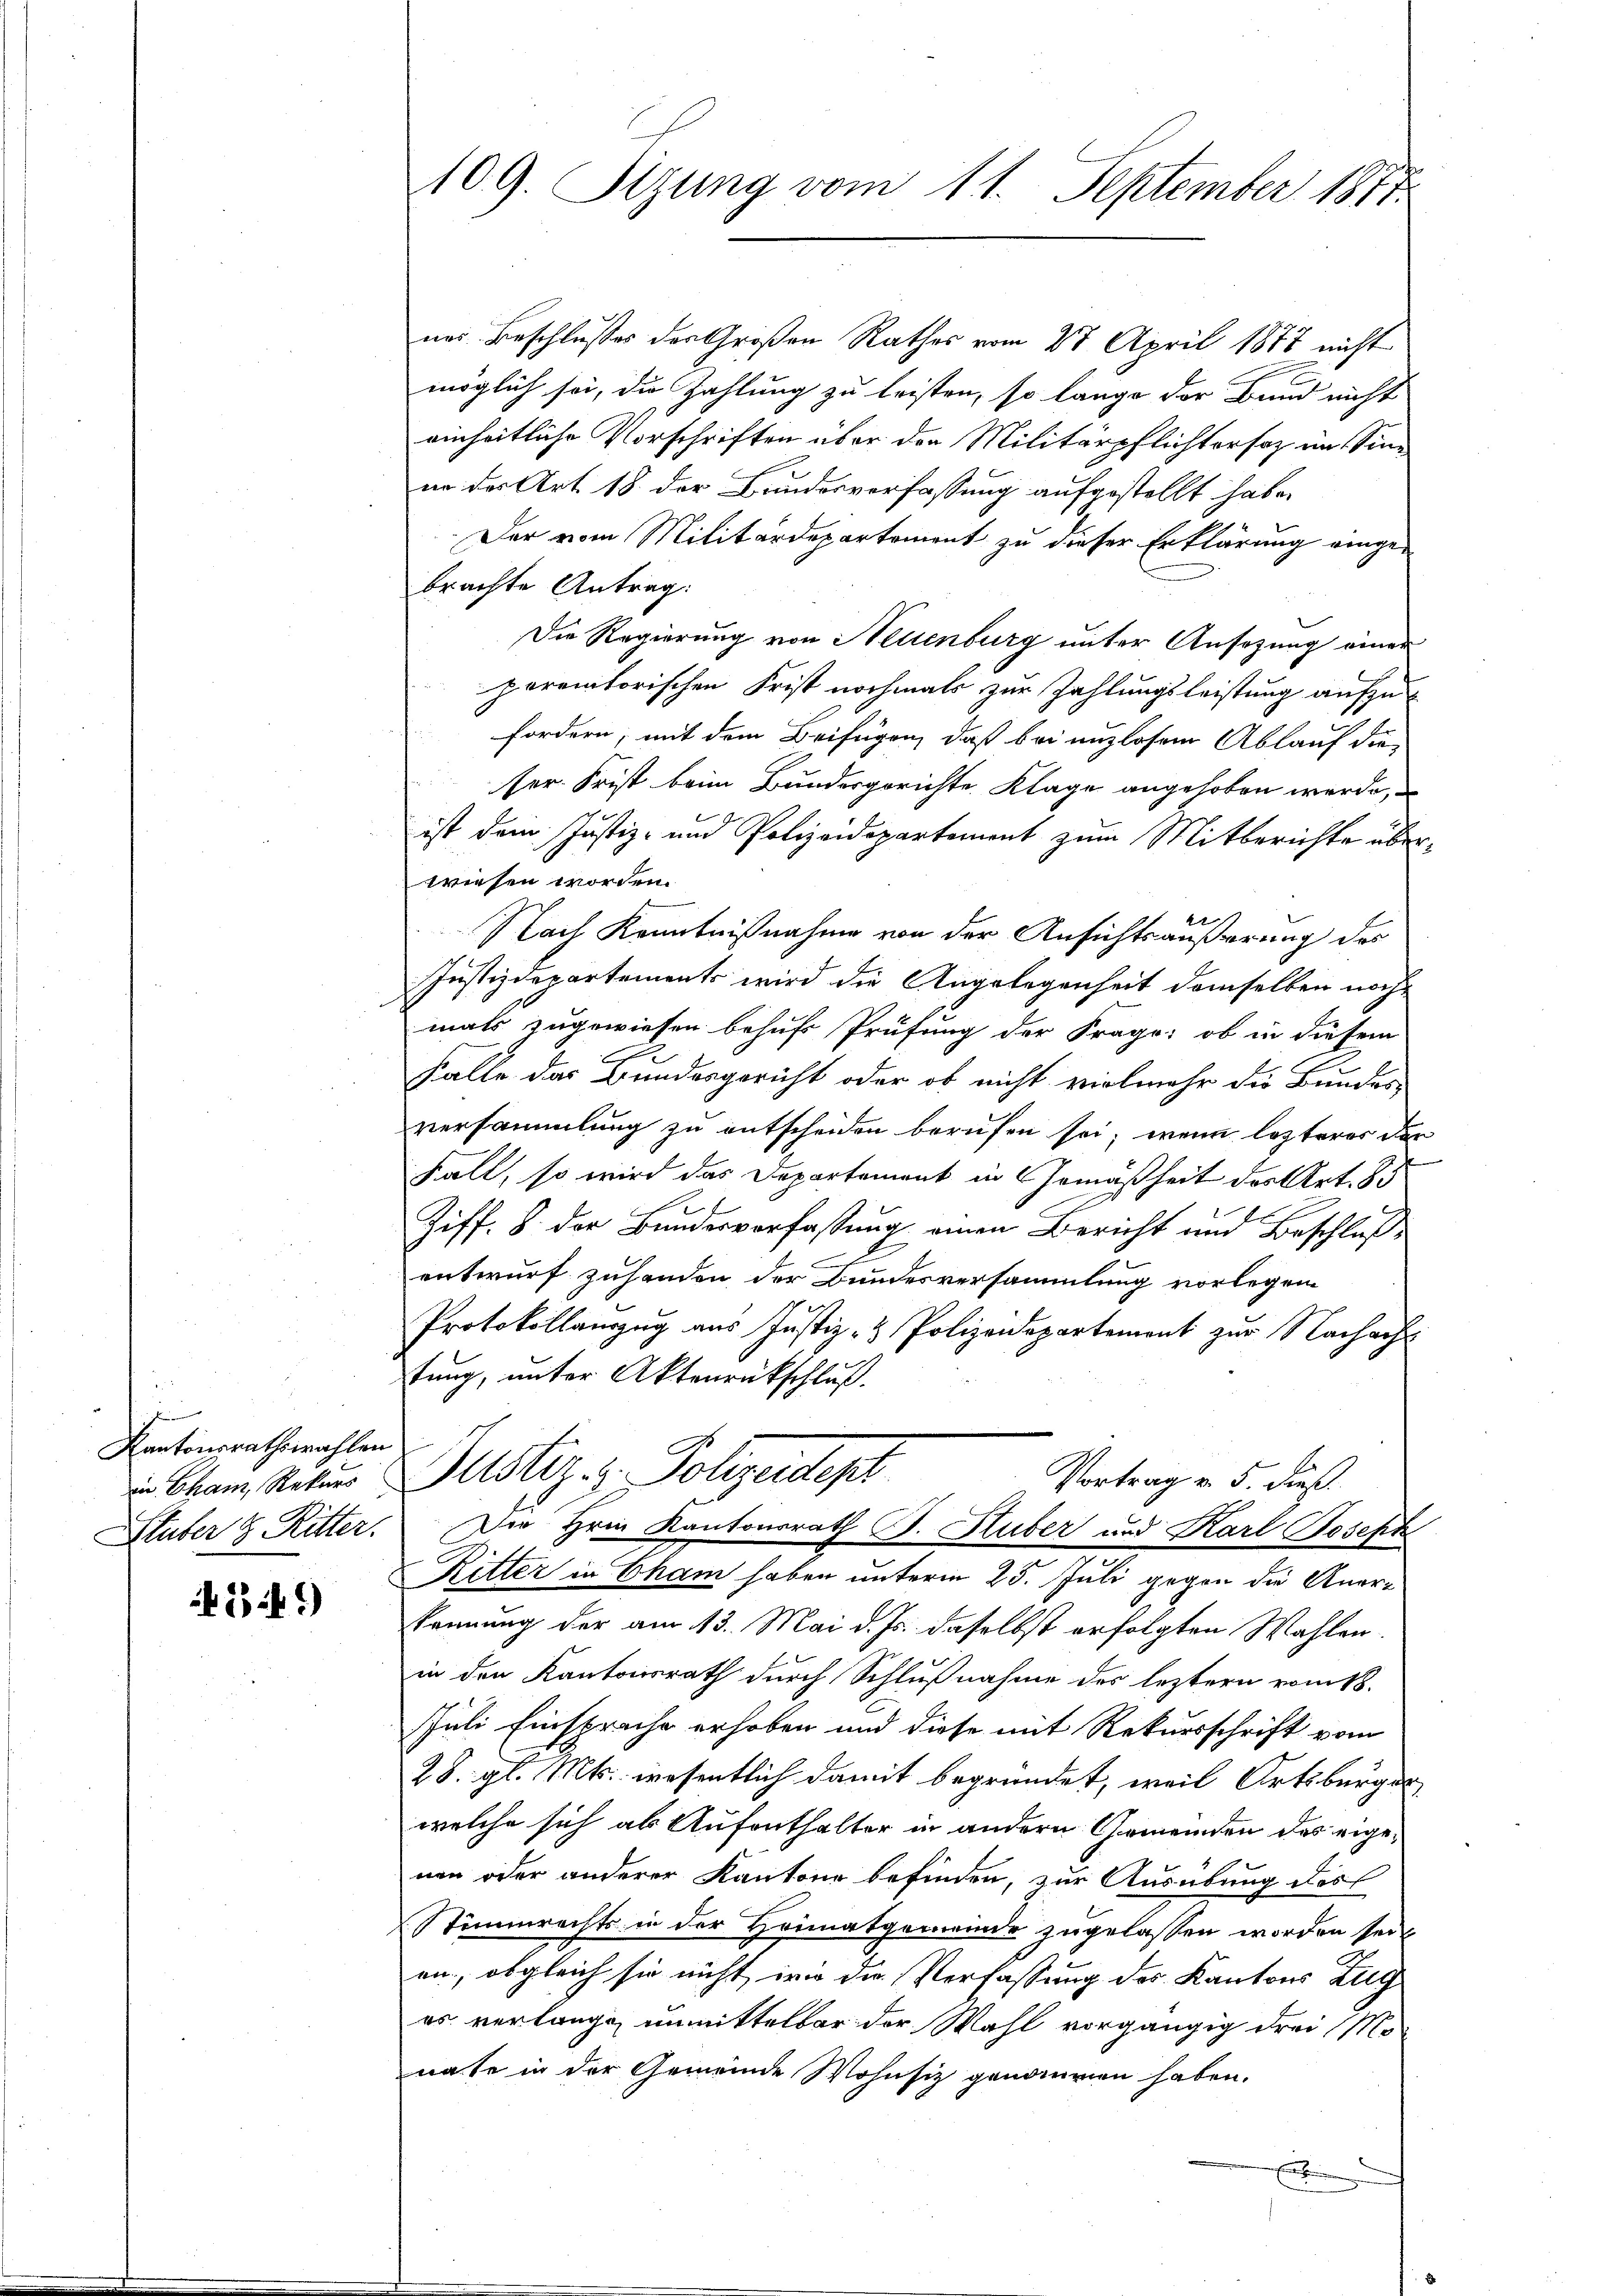
Kantonsrathswahlen

if*)

nes Beschlusses der Großen Rathes vom 27 April 1877 nicht
möglich sei, die Zahlung zu leisten, so lange der Bund nicht
einheitliche Vorschriften über der Militärpflichtersaz im Sinn
in der Art. 18 der Bundesverfassung aufgestellt habe.
Der vom Militärdepartement zu dieser Erklärung eingebrachte Antrag:
Die Regierung von Neuenburg unter Ansezung einer
porectorischen Frist nochmals zur Zahlungsleistung aufzu
1
fordern, mit dem Beifügen, daß bei anzlosem Ablauf die
ser Frist beim Bundesgerichte Klage angehoben werde,
ist dem Justiz- und Polizeidepartement zum Mitberichte überwiesen worden.
e
Nach Kenntnißnahme von der Ansichtsäußerung des
Justizdepartements wird die Angelegenheit demselben noch
mals zugewiesen behufs Prüfung der Frage: ob in diesem
Falle das Bundesgericht oder ob nicht vielmehr die Bundes-
versammlung zu entscheiden berufen sei; wenn lezteres der
Fall, so wird das Departement in Gemäßheit der Art. 83

Ziff. 8. der Bundesverfassung einen Bericht und Beschlußentwurf zuhanden der Bundesversammlung vorlegen
Protokollauszug aus Justiz- & Polizeidepartement zur Nachach-
tung, unter Aktenrückschluß.
 Cham Natur sitz z. Polizeidept
Vortrag v. 5. dies
Stuber h. Ritter. Der Hrn Kantonsrath J. Huber und Karl Joseph
Ritter in Cham haben unterm 25. Juli gegen die Anerkennung der am 13. Mai d. Js. daselbst erfolgten Wahlen
in den Kantonsrath durch Schlußnahme des leztern vom 18.
Juli Einsprache erhoben und diese mit Rekursschrift vom
28. gl. Mts. wesentlich damit begründet, weil Ortsbürger
welche sich als Aufenthalter in andern Gemeinden des eigenen oder anderer Kantone befinden, zur Ausübung des
Stimmrechts in der Heimatgemeinde zugelassen worden sein
en; obgleich sie nicht wie die Verfassung des Kantons Zug
es verlange unmittelbar der Wahl vorgängig drei Mo-
nate in der Gemeinde Wohnsiz genommenen haben.
E

109. Sizung vom 11. September 1877